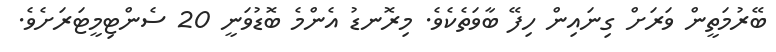
ބޭރުމަތީން ވަރަށް ގިނައިން ހިފޭ ބާވަތެކެވެ. މިރޮނޑު އެންމެ ބޮޑުވަނީ 20 ސެންޓިމީޓަރަށެވެ.